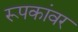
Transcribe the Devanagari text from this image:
रूपकांवर